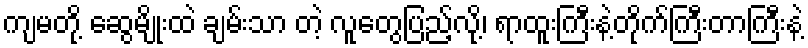
ကျမတို့ ဆွေမျိုးထဲ ချမ်းသာ တဲ့ လူတွေပြည့်လို့၊ ရာထူးကြီးနဲ့တိုက်ကြီးတာကြီးနဲ့